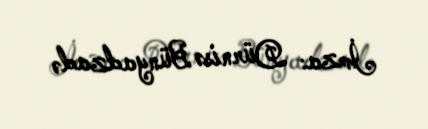
İmza: Dürnisə Bünyadzadə